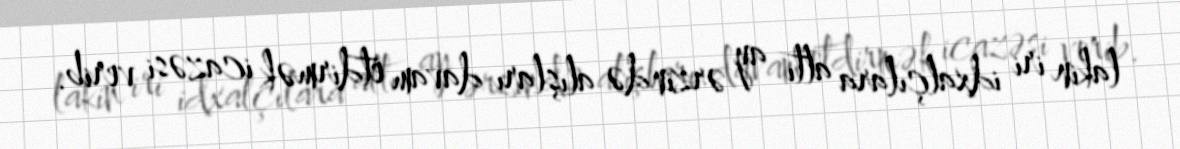
lakin iri idxalçılara altı ay ərzində alışları davam etdirmək icazəsi verib.